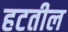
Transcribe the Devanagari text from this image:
हटतील